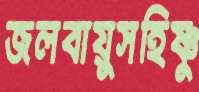
জলবায়ুসহিষ্ণু